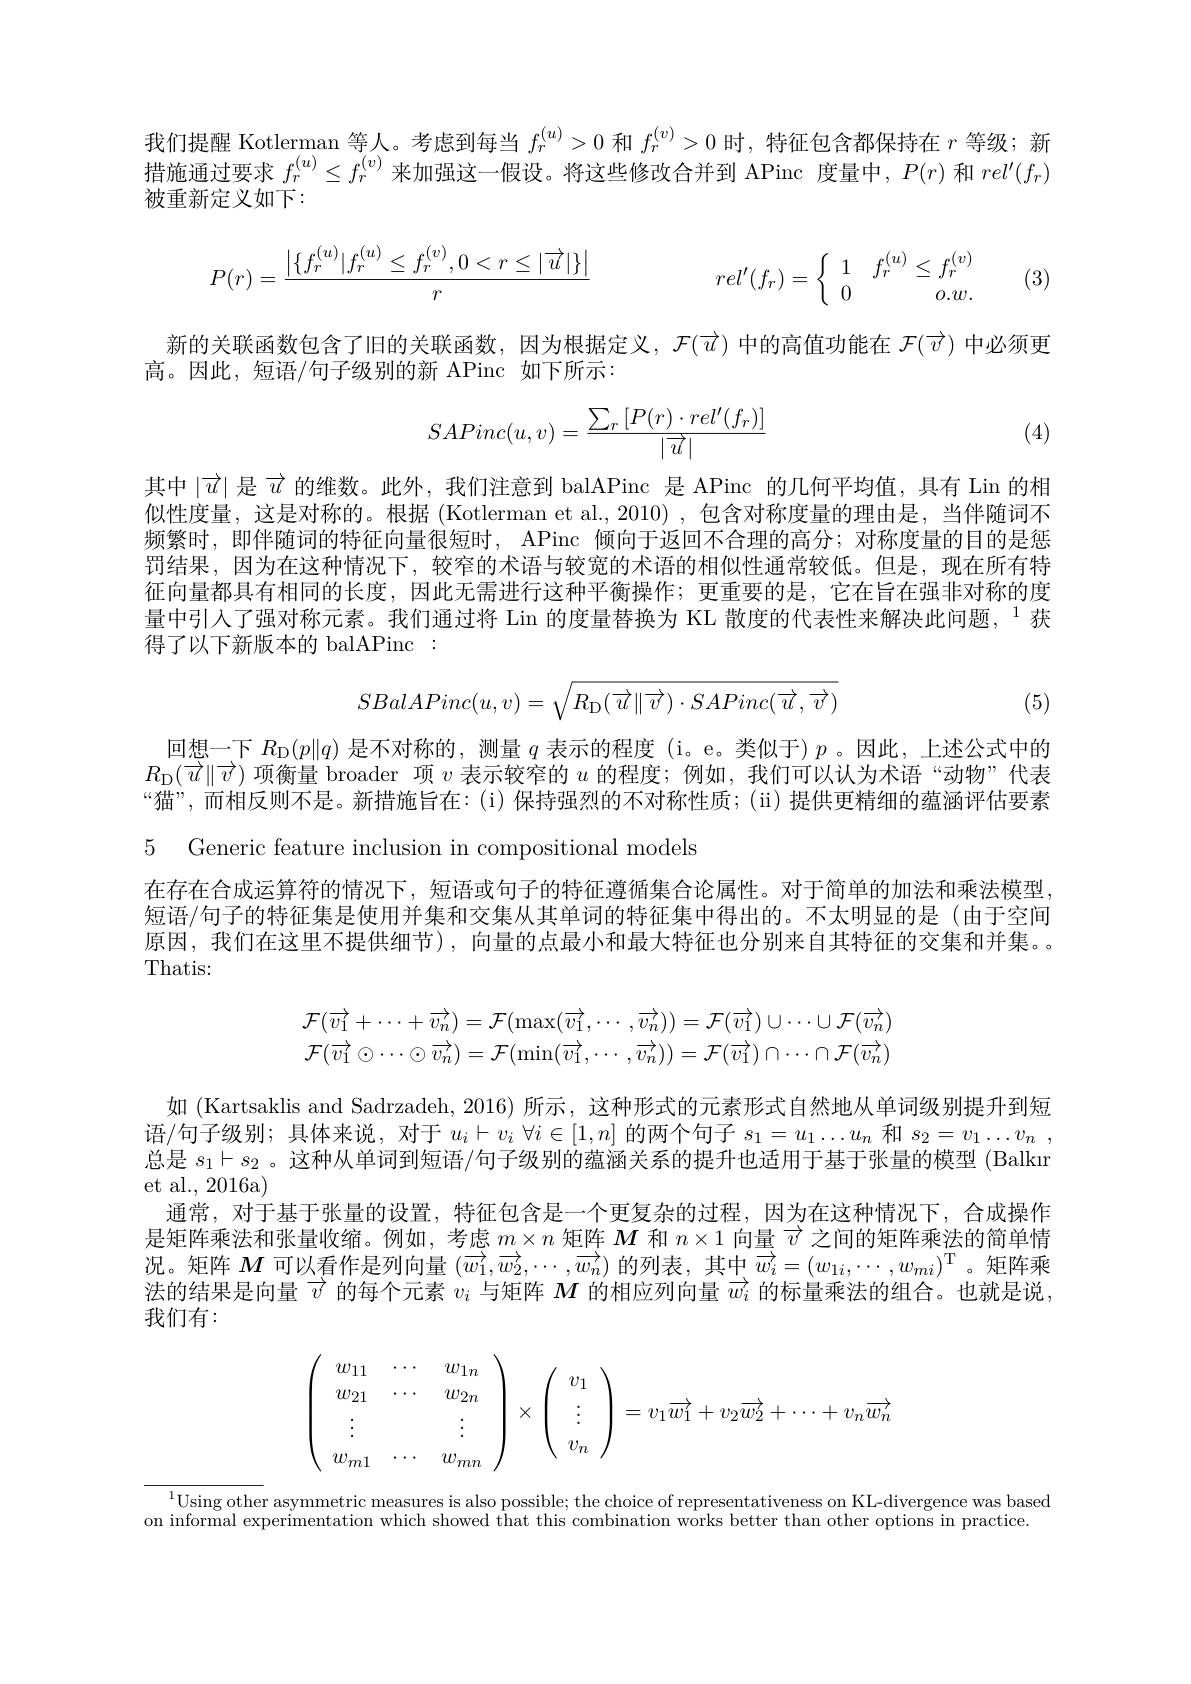
我们提醒 Kotlerman 等人。考虑到每当$f_r^{(u)}>0$和$f_r^{(v)}>0$时，特征包含都保持在$r$等级；新措施通过要求$f_r^{(u)}\leq f_r^{(v)}$来加强这一假设。将这些修改合并到 APinc 度量中，$P(r)$和$rel^\prime(f_r)$ 被重新定义如下：
$$P(r)=\frac{\left|\{f_r^{(u)}|f_r^{(u)}\leq f_r^{(v)},0<r\leq|\overrightarrow{u}|\}\right|}{r}\quad rel'(f_r)=\left\{\begin{array}{cc}1&f_r^{(u)}\leq f_r^{(v)}\\0&o.w.\end{array}\right.$$
(3)

新的关联函数包含了旧的关联函数，因为根据定义，$\mathcal{F}(\overrightarrow{u})$中的高值功能在$\mathcal{F}(\overrightarrow{v})$中必须更
高。因此，短语/句子级别的新 APinc 如下所示：
$$SAPinc(u,v)=\frac{\sum_r\left[P(r)\cdot rel'(f_r)\right]}{|\overrightarrow{u}|}$$
(4)

其中$|\overrightarrow{u}|$是$\overrightarrow{u}$的维数。此外，我们注意到 balAPinc 是 APinc 的几何平均值，具有 Lin 的相似性度量，这是对称的。根据 (Kotlerman et al., 2010) ,包含对称度量的理由是 ,当伴随词不频繁时，即伴随词的特征向量很短时，APinc 倾向于返回不合理的高分；对称度量的目的是惩罚结果，因为在这种情况下，较窄的术语与较宽的术语的相似性通常较低。但是，现在所有特征向量都具有相同的长度，因此无需进行这种平衡操作；更重要的是，它在旨在强非对称的度量中引入了强对称元素。我们通过将 Lin 的度量替换为 KL 散度的代表性来解决此问题，$^{1}$获得了以下新版本的 balAPinc:
$$SBalAPinc(u,v)=\sqrt{R_{\mathrm{D}}(\overrightarrow{u}\|\overrightarrow{v})\cdot SAPinc(\overrightarrow{u},\overrightarrow{v})}$$
(5)

回想一下$R_{\mathrm{D}}(p\|q)$是不对称的，测量$q$表示的程度 (i。e。类似于)$p$ 。因此，上述公式中的$R_{\mathrm{D}}(\overrightarrow{u}\|\overrightarrow{v})$项衡量 broader 项$\upsilon$表示较窄的$u$的程度；例如，我们可以认为术语“动物”代表“猫”,而相反则不是。新措施旨在：(i)保持强烈的不对称性质；(ii)提供更精细的蕴涵评估要素5 Generic feature inclusion in compositional models

在存在合成运算符的情况下，短语或句子的特征遵循集合论属性。对于简单的加法和乘法模型短语/句子的特征集是使用并集和交集从其单词的特征集中得出的。不太明显的是(由于空间原因，我们在这里不提供细节),向量的点最小和最大特征也分别来自其特征的交集和并集。。Thatis:
$$\mathcal{F}(\overrightarrow{v_1}+\cdots+\overrightarrow{v_n})=\mathcal{F}(\max(\overrightarrow{v_1},\cdots,\overrightarrow{v_n}))=\mathcal{F}(\overrightarrow{v_1})\cup\cdots\cup\mathcal{F}(\overrightarrow{v_n})\\\mathcal{F}(\overrightarrow{v_1}\odot\cdots\odot\overrightarrow{v_n})=\mathcal{F}(\min(\overrightarrow{v_1},\cdots,\overrightarrow{v_n}))=\mathcal{F}(\overrightarrow{v_1})\cap\cdots\cap\mathcal{F}(\overrightarrow{v_n})$$
如 (Kartsaklis and Sadrzadeh, 2016) 所示，这种形式的元素形式自然地从单词级别提升到短语/句子级别；具体来说，对于$u_i\vdash v_i$ $\forall i\in[1,n]$的两个句子$s_1=u_1\ldots u_n$和$s_2= v_1\ldots v_n$ , 总是$s_1\vdash s_2$ 。这种从单词到短语/句子级别的蕴涵关系的提升也适用于基于张量的模型 (Balkır et al., 2016a)
通常，对于基于张量的设置，特征包含是一个更复杂的过程，因为在这种情况下，合成操作是矩阵乘法和张量收缩。例如，考虑$m\times n$矩阵$M$和$n\times1$向量$\overrightarrow{v}$之间的矩阵乘法的简单情况。矩阵$M$可以看作是列向量$(\overrightarrow{w_1},\overrightarrow{w_2},\cdots,\overrightarrow{w_n})$的列表，其中$\overrightarrow{w_i}=(w_{1i},\cdots,w_{mi})^\mathrm{T}$。矩阵乘法的结果是向量$\overrightarrow{v}$的每个元素$v_i$与矩阵$M$的相应列向量$\overrightarrow{w_i}$的标量乘法的组合。也就是说我们有：
$$\left.\left(\begin{array}{ccc}w_{11}&\cdots&w_{1n}\\w_{21}&\cdots&w_{2n}\\\vdots&&\vdots\\w_{m1}&\cdots&w_{mn}\end{array}\right.\right)\times\left(\begin{array}{c}v_{1}\\\vdots\\v_{n}\end{array}\right)=v_{1}\overrightarrow{w_{1}}+v_{2}\overrightarrow{w_{2}}+\cdots+v_{n}\overrightarrow{w_{n}}$$
$^{1}$Using other asymmetric measures is also possible; the choice of representativeness on KL-divergence was based
on informal experimentation which showed that this combination works better than other options in practice